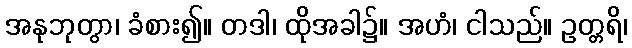
အနုဘုတွာ၊ ခံစား၍။ တဒါ၊ ထိုအခါ၌။ အဟံ၊ ငါသည်။ ဥတ္တရိ၊